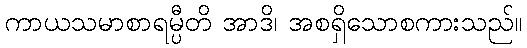
ကာယသမာစာရမ္ပီတိ အာဒိ၊ အစရှိသောစကားသည်။